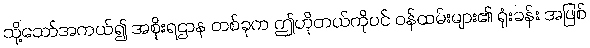
သို့သော်အကယ်၍ အစိုးရဌာန တစ်ခုက ဤဟိုတယ်ကိုပင် ဝန်ထမ်းများ၏ ရုံးခန်း အဖြစ်